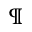
\mathparagraph